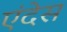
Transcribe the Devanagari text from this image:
एंदेस